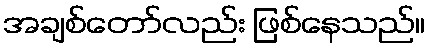
အချစ်တော်လည်း ဖြစ်နေသည်။